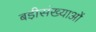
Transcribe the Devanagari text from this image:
बडी़संख्याओं